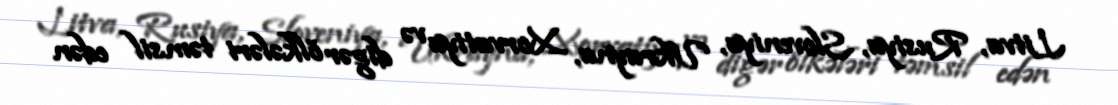
Litva, Rusiya, Sloveniya, Ukrayna, Xorvatiya və digər ölkələri təmsil edən